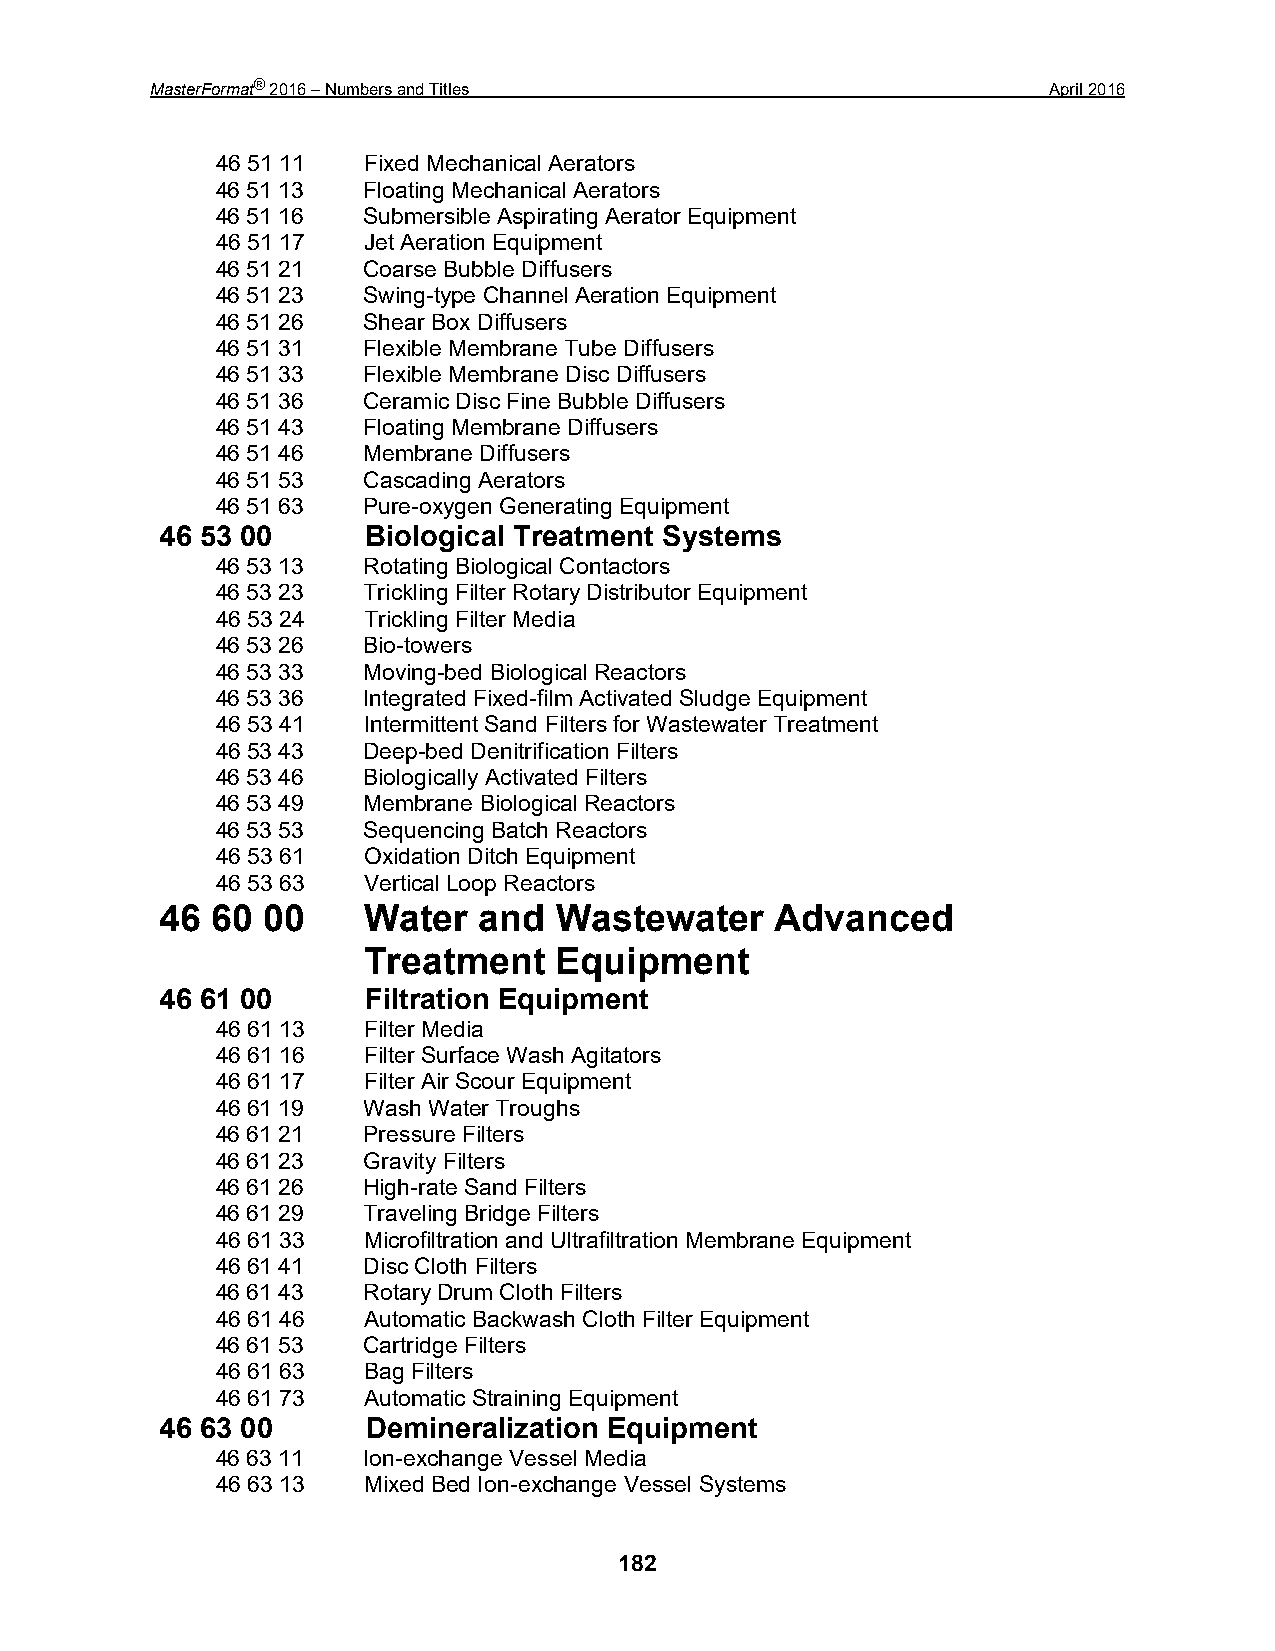
MasterFormat® 2016 – Numbers and Titles                     April 2016
 46 51 11  Fixed Mechanical Aerators
 46 51 13  Floating Mechanical Aerators
 46 51 16  Submersible Aspirating Aerator Equipment
 46 51 17  Jet Aeration Equipment
 46 51 21  Coarse Bubble Diffusers
 46 51 23  Swing-type Channel Aeration Equipment
 46 51 26  Shear Box Diffusers
 46 51 31  Flexible Membrane Tube Diffusers
 46 51 33  Flexible Membrane Disc Diffusers
 46 51 36  Ceramic Disc Fine Bubble Diffusers
 46 51 43  Floating Membrane Diffusers
 46 51 46  Membrane Diffusers
 46 51 53  Cascading Aerators
 46 51 63  Pure-oxygen Generating Equipment
 46 53 00     Biological Treatment Systems
 46 53 13  Rotating Biological Contactors
 46 53 23  Trickling Filter Rotary Distributor Equipment
 46 53 24  Trickling Filter Media
 46 53 26  Bio-towers
 46 53 33  Moving-bed Biological Reactors
 46 53 36  Integrated Fixed-film Activated Sludge Equipment
 46 53 41  Intermittent Sand Filters for Wastewater Treatment
 46 53 43  Deep-bed Denitrification Filters
 46 53 46  Biologically Activated Filters
 46 53 49  Membrane Biological Reactors
 46 53 53  Sequencing Batch Reactors
 46 53 61  Oxidation Ditch Equipment
 46 53 63  Vertical Loop Reactors
 46 60 00     Water   and  Wastewater    Advanced
 Treatment    Equipment
 46 61 00     Filtration Equipment
 46 61 13  Filter Media
 46 61 16  Filter Surface Wash Agitators
 46 61 17  Filter Air Scour Equipment
 46 61 19  Wash Water Troughs
 46 61 21  Pressure Filters
 46 61 23  Gravity Filters
 46 61 26  High-rate Sand Filters
 46 61 29  Traveling Bridge Filters
 46 61 33  Microfiltration and Ultrafiltration Membrane Equipment
 46 61 41  Disc Cloth Filters
 46 61 43  Rotary Drum Cloth Filters
 46 61 46  Automatic Backwash Cloth Filter Equipment
 46 61 53  Cartridge Filters
 46 61 63  Bag Filters
 46 61 73  Automatic Straining Equipment
 46 63 00     Demineralization Equipment
 46 63 11  Ion-exchange Vessel Media
 46 63 13  Mixed Bed Ion-exchange Vessel Systems
 182